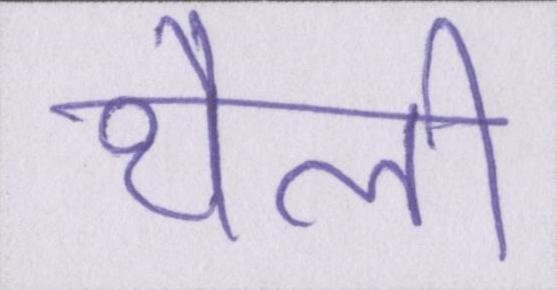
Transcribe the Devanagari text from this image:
थैली